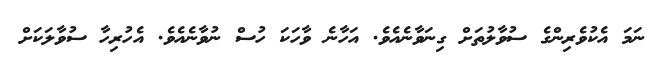
ނަމަ އެކުވެރިންގެ ސުވާލުތަށް ގިނަވާނެއެވެ. އަހާނެ ވާހަކަ ހުސް ނުވާނެއެވެ. އެހުރިހާ ސުވާލަކަށް